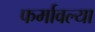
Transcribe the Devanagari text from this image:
फर्मावल्या